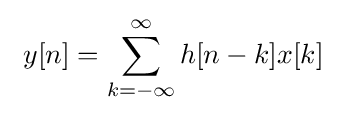
\ y[n]=\sum _{k=-\infty }^{\infty }h[n-k]x[k]